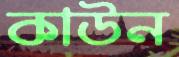
কাউন